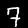
Label: 7